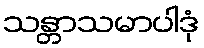
သန္တာသမာပါဒုံ